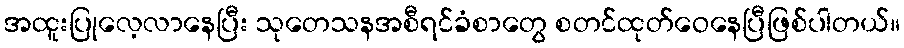
အထူးပြုလေ့လာနေပြီး သုတေသနအစီရင်ခံစာတွေ စတင်ထုတ်ဝေနေပြီဖြစ်ပါတယ်။